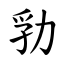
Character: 㔜